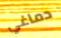
دماغي